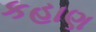
કહાણ